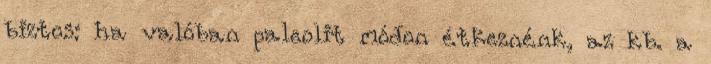
biztos: ha valóban paleolit módon étkeznénk, az kb. a